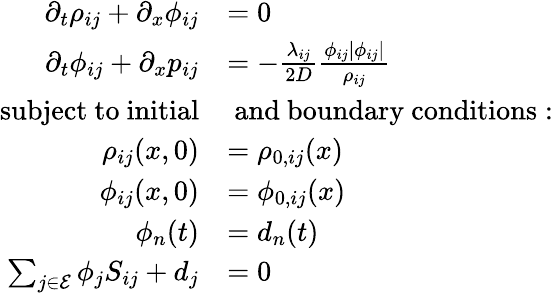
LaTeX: \begin{array}{rl}{\partial_{t}\rho_{ij}+\partial_{x}\phi_{ij}}&{=0}\\ {\partial_{t}\phi_{ij}+\partial_{x}p_{ij}}&{=-\frac{\lambda_{ij}}{2D}\frac{\phi_{ij}|\phi_{ij}|}{\rho_{ij}}}\\ {\mathrm{subject~to~initial}}&{\mathrm{~and~boundary~conditions:}}\\ {\rho_{ij}(x,0)}&{=\rho_{0,ij}(x)}\\ {\phi_{ij}(x,0)}&{=\phi_{0,ij}(x)}\\ {\phi_{n}(t)}&{=d_{n}(t)}\\ {\sum_{j\in\mathcal{E}}\phi_{j}S_{ij}+d_{j}}&{=0}\end{array}